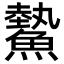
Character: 𩻉